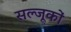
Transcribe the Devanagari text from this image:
सल्जूकों